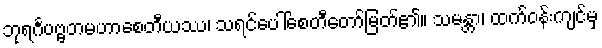
ဘုရင်္ဂပဗ္ဗတမဟာစေတီယဿ၊ သရင်ပေါ်စေတီတော်မြတ်၏။ သမန္တာ၊ ထက်ဝန်းကျင်မှ